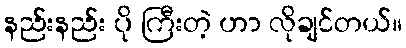
နည်းနည်း ပို ကြီးတဲ့ ဟာ လိုချင်တယ်။